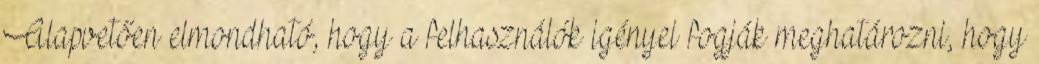
Alapvetően elmondható, hogy a felhasználók igényei fogják meghatározni, hogy